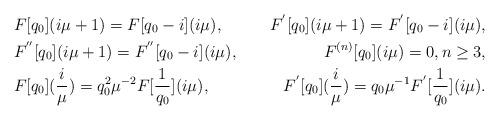
LaTeX: \begin{align*}&F[q_{0}](i\mu+1)= F[q_{0}-i](i\mu), & F^{'}[q_{0}](i\mu+1)= F^{'}[q_{0}-i](i\mu), \\& F^{''}[q_{0}](i\mu+1)=F^{''}[q_{0}-i](i\mu), &F^{(n)}[q_{0}](i\mu)=0, n \geq 3, \\& F[q_{0}](\frac{i}{\mu})=q_{0}^{2}\mu^{-2}F[\frac{1}{q_{0}}](i\mu), &F^{'}[q_{0}](\frac{i}{\mu}) =q_{0}\mu^{-1}F^{'}[\frac{1}{q_{0}}](i\mu).\end{align*}